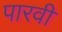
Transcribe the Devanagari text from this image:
पारवी